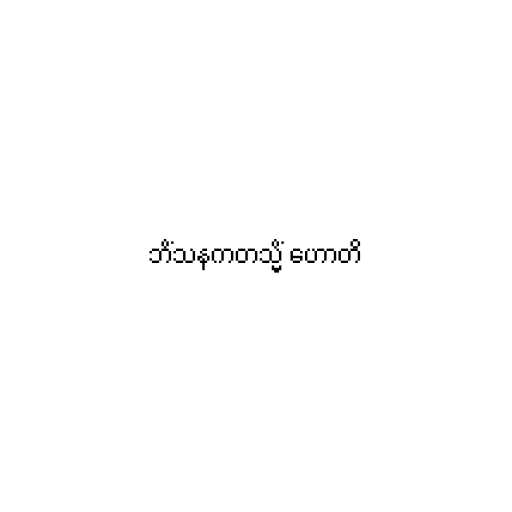
ဘိံသနကတသ္မိံ ဟောတိ